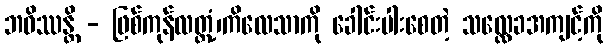
ဘဝိဿန္တိ - ဖြစ်ကုန်လတ္တံ့၊ကိလေသာကို ခေါင်းပါးစေတဲ့ သလ္လေခအကျင့်ကို